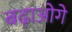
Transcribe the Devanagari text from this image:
बढ़ाओगे